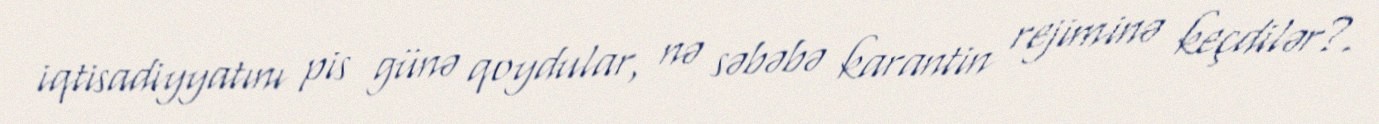
iqtisadiyyatını pis günə qoydular, nə səbəbə karantin rejiminə keçdilər?.